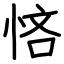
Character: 悋